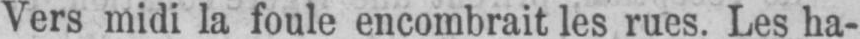
Vers midi la foule encombrait les rues. Les ha-